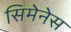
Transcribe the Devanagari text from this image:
सिमेनेस